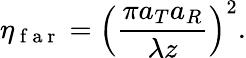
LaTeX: \eta_{\mathrm{~f~a~r~}}=\left(\frac{\pi a_{T}a_{R}}{\lambda z}\right)^{2}.